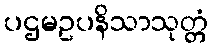
ပဌမဥပနိသာသုတ္တံ